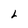
Character: L